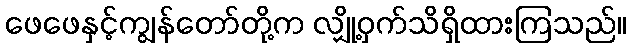
ဖေဖေနှင့်ကျွန်တော်တို့က လျှို့ဝှက်သိရှိထားကြသည်။